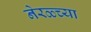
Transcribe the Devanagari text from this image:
नेरळ्च्या